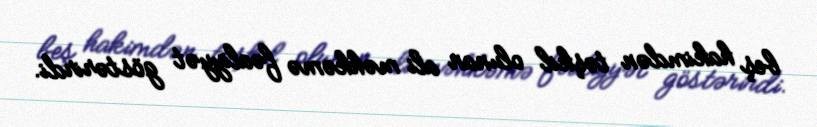
beş hakimdən təşkil olunan ali məhkəmə fəaliyyət göstərirdi.